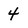
Character: 4